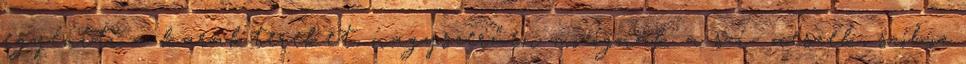
egyéníti a karaktereket, nagyszerűen mozognak a szí- nészek, szóhoz